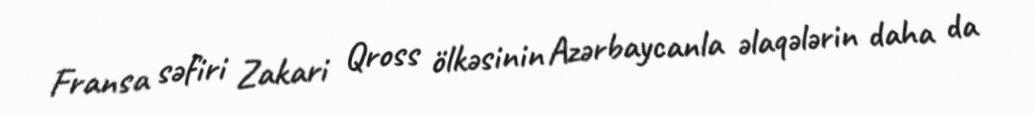
Fransa səfiri Zakari Qross ölkəsinin Azərbaycanla əlaqələrin daha da